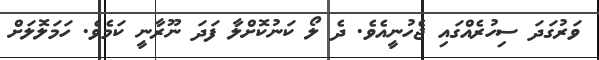
ވަރުގަދަ ސިހުރެއްގައި ޖެހުނީއެވެ. ދެ ލޯ ކަނުކޮށްލާ ފަދަ ނޫރާނީ ކަމެވެ. ހަމަލޮލަށް